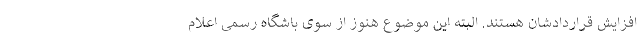
افزایش قراردادشان هستند. البته این موضوع هنوز از سوی باشگاه رسمی اعلام